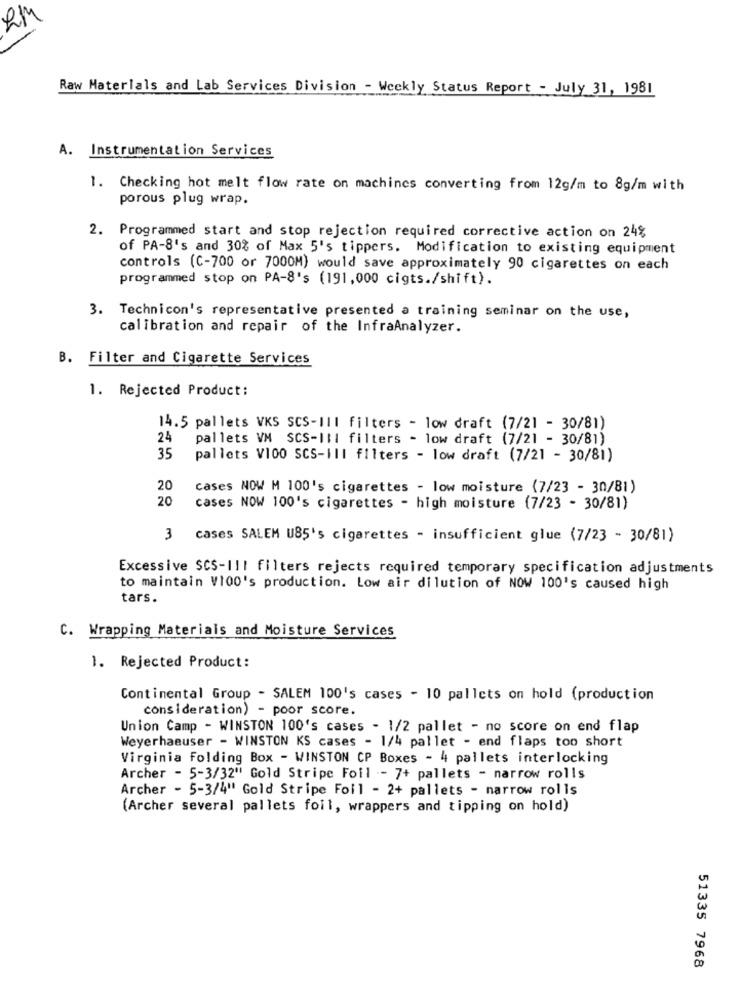
EM
Raw Materials and Lab Services Division - Weekly Status Report - July 31, 1981
A. Instrumentation Services
1. Checking hot melt flow rate on machines converting from 12g/m to 8g/m with
porous plug wrap.
2. Programmed start and stop rejection required corrective action on 24%
of PA-8's and 30% of Max 5's tippers. Modification to existing equipment
controls (C-700 or 7000M) would save approximately 90 cigarettes on each
programmed stop on PA-8's (191,000 cigts./shift).
3. Technicon's representative presented a training seminar on the use,
calibration and repair of the InfraAnalyzer.
B. Filter and Cigarette Services
1. Rejected Product :
14.5 pallets VKS SCS-III filters - low draft (7/21 - 30/81)
24
pallets VM SCS-III filters - low draft (7/21 - 30/81)
35
pallets V100 SCS-III filters - low draft (7/21 - 30/81)
20
cases NOW M 100's cigarettes - low moisture (7/23 - 30/81)
20
cases NOW 100's cigarettes - high moisture (7/23 - 30/81)
3
cases SALEM U85's cigarettes - insufficient glue (7/23 - 30/81)
Excessive SCS-III filters rejects required temporary specification adjustments
to maintain V100's production. Low air dilution of NOW 100's caused high
tars.
C. Wrapping Materials and Moisture Services
1. Rejected Product:
Continental Group - SALEM 100's cases - 10 pallets on hold (production
consideration) - poor score.
Union Camp - WINSTON 100's cases - 1/2 pallet - no score on end flap
Weyerhaeuser - WINSTON KS cases - 1/4 pallet - end flaps too short
Virginia Folding Box - WINSTON CP Boxes - 4 pallets interlocking
Archer - 5-3/32" Gold Stripe Foil - 7+ pallets - narrow rolls
Archer - 5-3/4" Gold Stripe Foil - 2+ pallets - narrow rolls
(Archer several pallets foil, wrappers and tipping on hold)
51335 7968